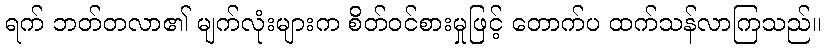
ရက် ဘတ်တလာ၏ မျက်လုံးများက စိတ်ဝင်စားမှုဖြင့် တောက်ပ ထက်သန်လာကြသည်။